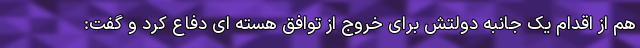
هم از اقدام یک جانبه دولتش برای خروج از توافق هسته ای دفاع کرد و گفت: